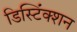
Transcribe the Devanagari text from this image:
डिस्टिंंक्शन